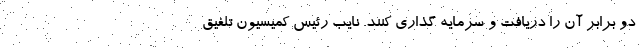
دو برابر آن را دریافت و سرمایه گذاری کنند. نایب رئیس کمیسیون تلفیق